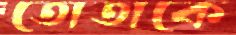
তোতাকে